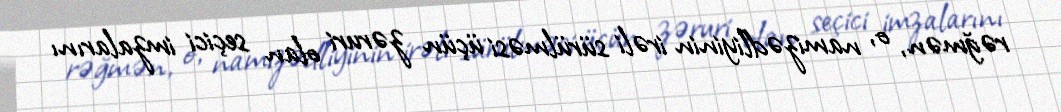
rəğmən, o, namizədliyinin irəli sürülməsi üçün zəruri olan seçici imzalarını